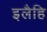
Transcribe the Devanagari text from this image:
इलैहि